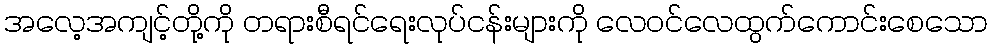
အလေ့အကျင့်တို့ကို တရားစီရင်ရေးလုပ်ငန်းများကို လေဝင်လေထွက်ကောင်းစေသော